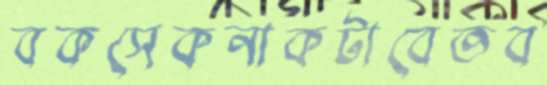
বকসেকনাকটাবেতব